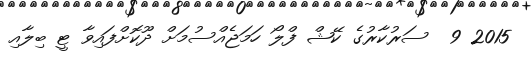
2015 9  ސަރުކާރުގެ ކޭޝް ފްލޯ ހަމަޖެއްސުމަށް ދޫކޮށްފައިވާ ޓީ ބިލާއި